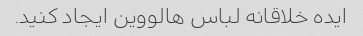
ایده خلاقانه لباس هالووین ایجاد کنید.